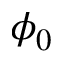
\phi _ { 0 }